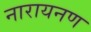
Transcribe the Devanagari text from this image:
नारायनण